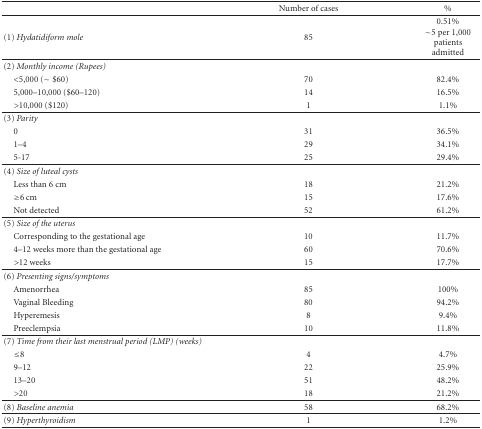
|  | Number of cases | % |
 | --- | --- | --- |
 | (1) Hydatidiform mole | 85 | 0.51%~5 per 1,000 patients admitted |
 | (2) Monthly income (Rupees) |  |  |
 | <5,000 (~$60) | 70 | 82.4% |
 | 5,000–10,000 ($60–120) | 14 | 16.5% |
 | >10,000 ($120) | 1 | 1.1% |
 | (3) Parity |  |  |
 | 0 | 31 | 36.5% |
 | 1–4 | 29 | 34.1% |
 | 5-17 | 25 | 29.4% |
 | (4) Size of luteal cysts |  |  |
 | Less than 6 cm | 18 | 21.2% |
 | ≥6 cm | 15 | 17.6% |
 | Not detected | 52 | 61.2% |
 | (5) Size of the uterus |  |  |
 | Corresponding to the gestational age | 10 | 11.7% |
 | 4–12 weeks more than the gestational age | 60 | 70.6% |
 | >12 weeks | 15 | 17.7% |
 | (6) Presenting signs/symptoms |  |  |
 | Amenorrhea | 85 | 100% |
 | Vaginal Bleeding | 80 | 94.2% |
 | Hyperemesis | 8 | 9.4% |
 | Preeclempsia | 10 | 11.8% |
 | (7) Time from their last menstrual period (LMP) (weeks) |  |  |
 | ≤8 | 4 | 4.7% |
 | 9–12 | 22 | 25.9% |
 | 13–20 | 51 | 48.2% |
 | >20 | 18 | 21.2% |
 | (8) Baseline anemia | 58 | 68.2% |
 | (9) Hyperthyroidism | 1 | 1.2% |